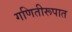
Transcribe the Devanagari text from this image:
गणितीरूपात